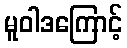
မူဝါဒကြောင့်